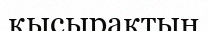
қысырақтың